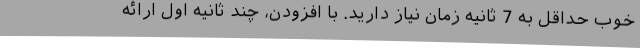
خوب حداقل به 7 ثانیه زمان نیاز دارید. با افزودن، چند ثانیه اول ارائه